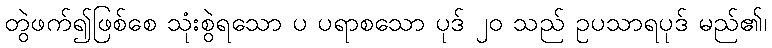
တွဲဖက်၍ဖြစ်စေ သုံးစွဲရသော ပ ပရာစသော ပုဒ် ၂၀ သည် ဥပသာရပုဒ် မည်၏၊